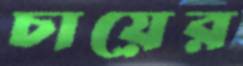
চায়ের